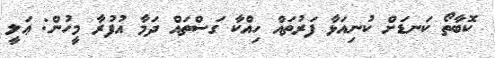
ކޮބާތޯ ކަނޑަށް ކުނިއަޅާ ފަރުތައް ހިއްކާ ގަސްތައް ދަމާ އުފުރާ މީހުން: ޢަލީ